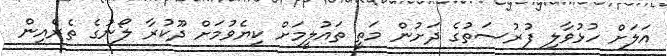
އަލަށް ހުޅުވާލި ފުރުސަތުގެ ދަށުން މަތީ ތައުލީމަށް ކިޔެވުމަށް ދޫކުރާ ލޯނުގެ ތެރެއިން